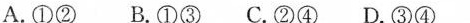
A.①②B.①③C.②④D.③④